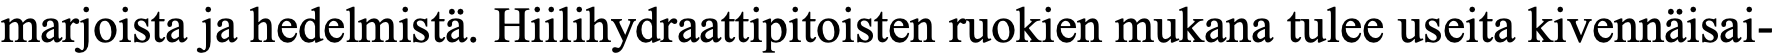
marjoista ja hedelmistä. Hiilihydraattipitoisten ruokien mukana tulee useita kivennäisai-